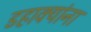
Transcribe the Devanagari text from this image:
डहाक्यांना